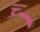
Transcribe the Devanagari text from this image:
च्र्